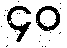
၄၀